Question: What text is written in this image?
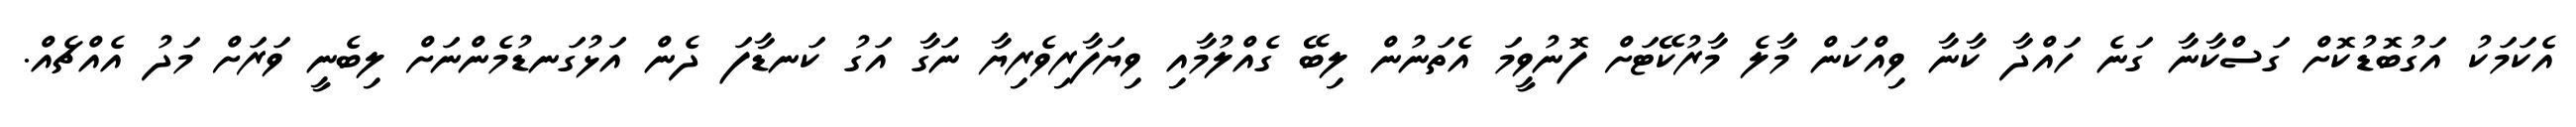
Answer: އެކަމަކު އަގުބޮޑުކޮށް ގަސްކާނާ ގަނެ ހައްދާ ކާނާ ވިއްކަން މާލެ މާރުކޭޓަށް ފޮނުވީމަ އެތަނުން ލިބޭ ގެއްލުމާއި ވިޔަފާރިވެރިޔާ ނަގާ އަގު ކަނޑާފަ ދެން އަޅުގަނޑުމެންނަށް ލިބެނީ ވަރަށް މަދު އެއްޗެއް.